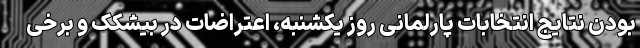
بودن نتایج انتخابات پارلمانی روز یکشنبه، اعتراضات در بیشکک و برخی